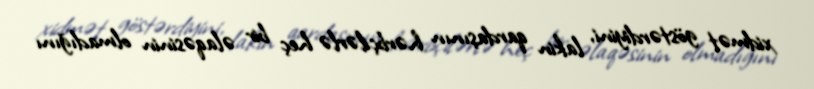
xidmət göstərdiyini, lakin qardaşının hərbçilərlə heç bir əlaqəsinin olmadığını